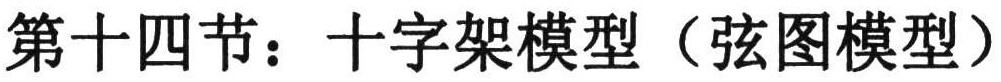
第十四节：十字架模型（弦图模型）